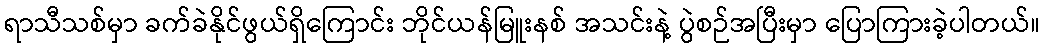
ရာသီသစ်မှာ ခက်ခဲနိုင်ဖွယ်ရှိကြောင်း ဘိုင်ယန်မြူးနစ် အသင်းနဲ့ ပွဲစဉ်အပြီးမှာ ပြောကြားခဲ့ပါတယ်။